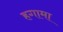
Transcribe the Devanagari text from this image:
हगामा